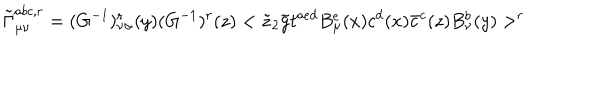
\tilde { \Gamma } _ { \mu \nu } ^ { a b c , r } = ( G ^ { - 1 } ) _ { \nu \alpha } ^ { r } ( y ) ( G ^ { - 1 } ) ^ { r } ( z ) < \tilde { z } _ { 2 } \tilde { g } t ^ { a e d } B _ { \mu } ^ { e } ( x ) c ^ { d } ( x ) \bar { c } ^ { c } ( z ) B _ { \nu } ^ { b } ( y ) > ^ { r }